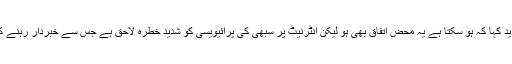
پروفیسر کیلی نے مزید کہا کہ ہو سکتا ہے یہ محض اتفاق بھی ہو لیکن انٹرنیٹ پر سبھی کی پرائیویسی کو شدید خطرہ لاحق ہے جس سے خبردار رہنے کی اشد ضرورت ہے۔